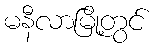
မနီလာမြို့တွင်